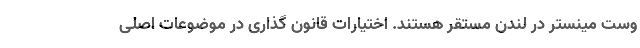
وست مینستر در لندن مستقر هستند. اختیارات قانون گذاری در موضوعات اصلی